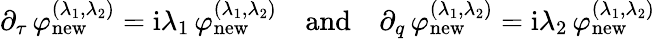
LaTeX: \begin{array}{r}{\partial_{\tau}\, \varphi_{\mathrm{new}}^{(\lambda_{1},\lambda_{2})}=\mathrm{i}\lambda_{1}\, \varphi_{\mathrm{new}}^{(\lambda_{1},\lambda_{2})}\quad\mathrm{and}\quad\partial_{q}\, \varphi_{\mathrm{new}}^{(\lambda_{1},\lambda_{2})}=\mathrm{i}\lambda_{2}\, \varphi_{\mathrm{new}}^{(\lambda_{1},\lambda_{2})}}\end{array}